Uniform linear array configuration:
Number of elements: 16
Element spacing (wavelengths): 1
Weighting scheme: cosine
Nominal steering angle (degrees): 0
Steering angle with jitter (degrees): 1.995
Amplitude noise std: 0.05
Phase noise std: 0.05

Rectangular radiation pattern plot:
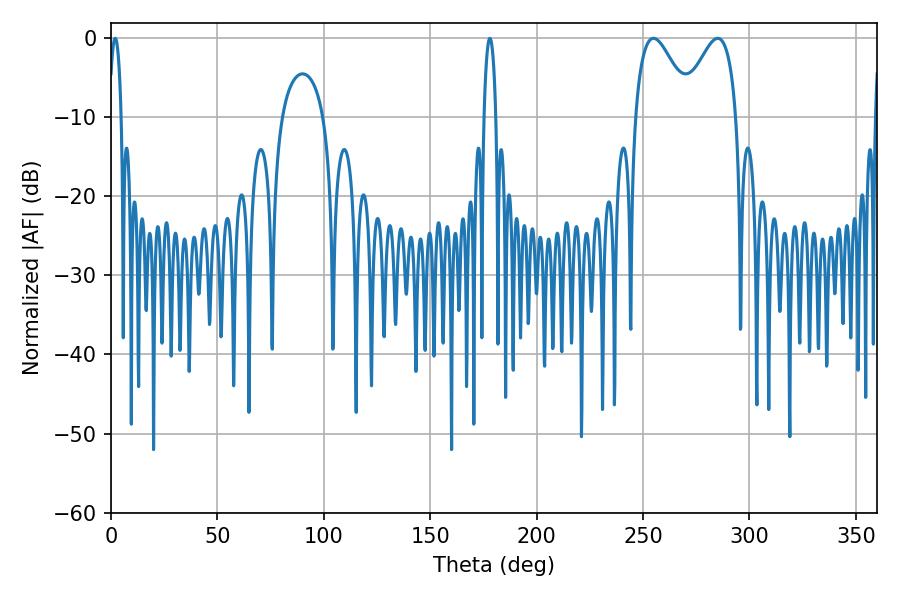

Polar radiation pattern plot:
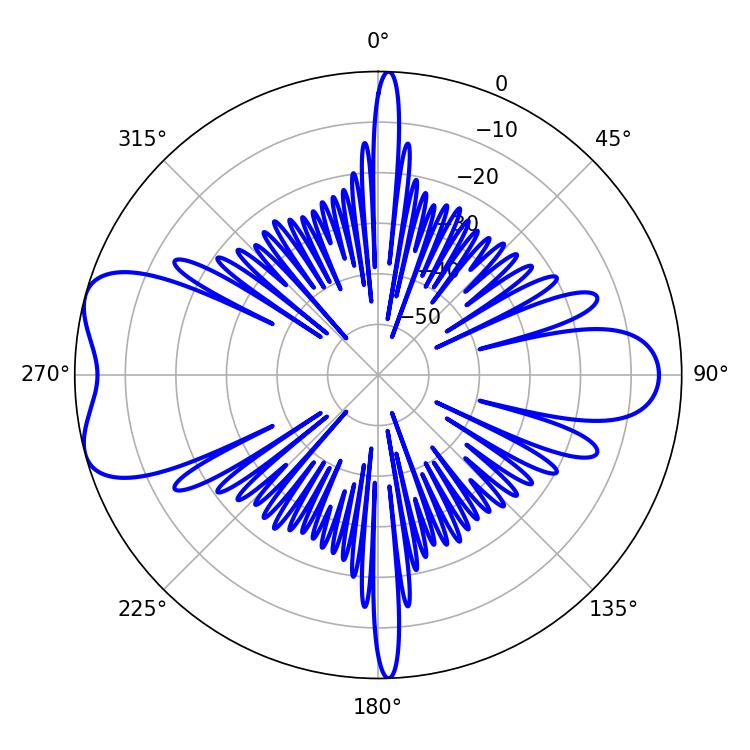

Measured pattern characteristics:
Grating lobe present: TRUE
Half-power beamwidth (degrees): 3.24
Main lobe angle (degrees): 1.98